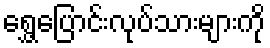
ရွှေ့ပြောင်းလုပ်သားများကို